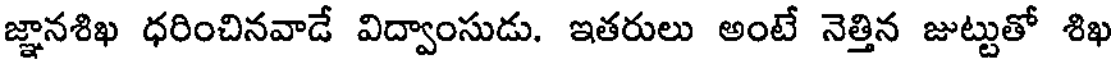
జ్ఞానశిఖ ధరించినవాడే విద్వాంసుడు. ఇతరులు అంటే నెత్తిన జుట్టుతో శిఖ